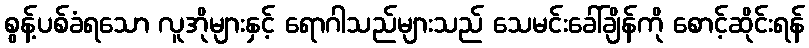
စွန့်ပစ်ခံရသော လူအိုများနှင့် ရောဂါသည်များသည် သေမင်းခေါ်ချိန်ကို စောင့်ဆိုင်းရန်